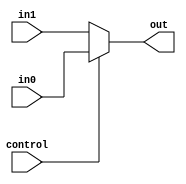
`timescale 1ns / 1ps

module Mux_5 (in0,in1,control,out);
    input [4:0] in0;
    input [4:0] in1;
    input control;
    output [4:0] out;

    assign out=control?in0:in1;    

endmodule //Mux_5